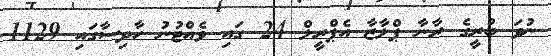
ނުވަ ބުރީގެ ރާނާ ޕްލާޒާ އެޕްރީލް 24 ގައި ވެއްޓުނު ހާދިސާގައި 1129